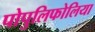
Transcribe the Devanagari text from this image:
पोपुलिफोलिया